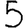
Digit: 5